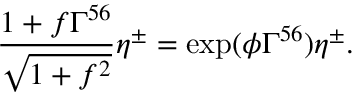
\frac { 1 + f \Gamma ^ { 5 6 } } { \sqrt { 1 + f ^ { 2 } } } \eta ^ { \pm } = \exp ( \phi \Gamma ^ { 5 6 } ) \eta ^ { \pm } .